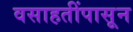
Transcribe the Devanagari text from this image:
वसाहतींपासून